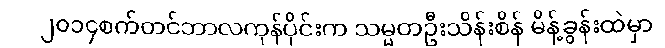
၂၀၁၄စက်တင်ဘာလကုန်ပိုင်းက သမ္မတဦးသိန်းစိန် မိန့်ခွန်းထဲမှာ